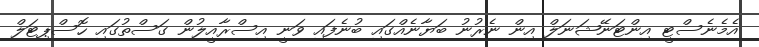
އެމެނެސްޓީ އިންޓަނޭޝަނަލް އިން ނެރުނު ބަޔާނެއްގައި ބުނެފައި ވަނީ އިސްރާއީލުން ގަސްތުގައި ހޮސްޕިޓަލް